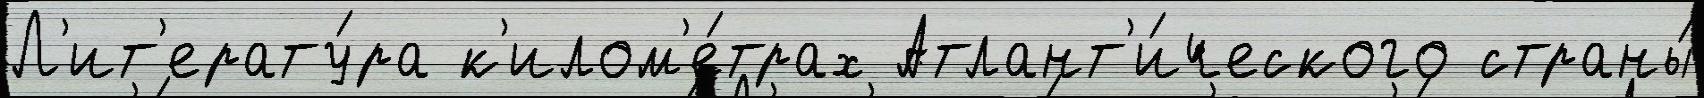
Л'ит'ерату́ра к'илом'е́трах Атлант'и́ческого страны́